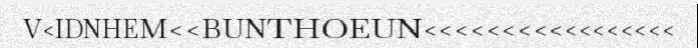
V<IDNHEM<<BUNTHOEUN<<<<<<<<<<<<<<<<<